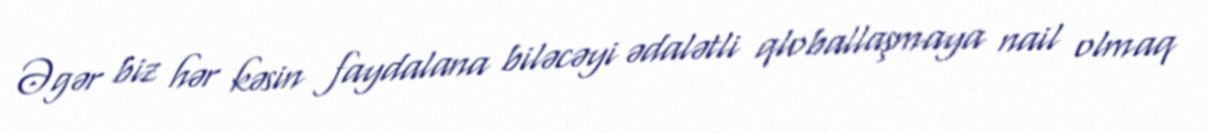
Əgər biz hər kəsin faydalana biləcəyi ədalətli qloballaşmaya nail olmaq